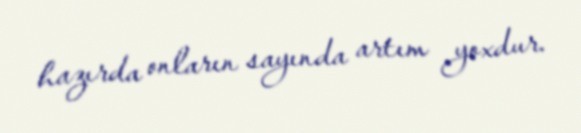
hazırda onların sayında artım yoxdur.